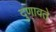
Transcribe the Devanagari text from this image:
दुणावते